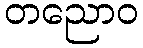
တညောဝ